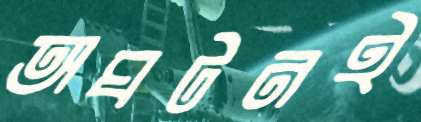
অঘটনই